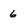
Character: 6